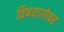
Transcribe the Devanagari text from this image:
विषयागोचर